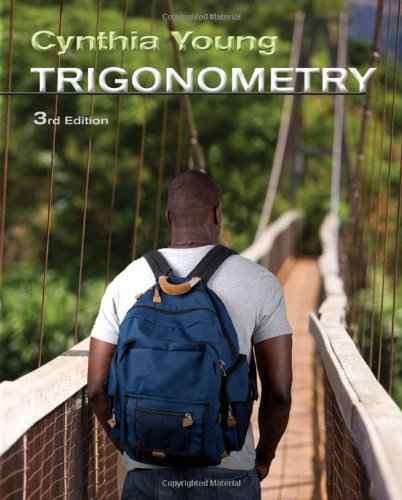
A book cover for Trigonometry; Cynthia Y. Young; Science & Math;